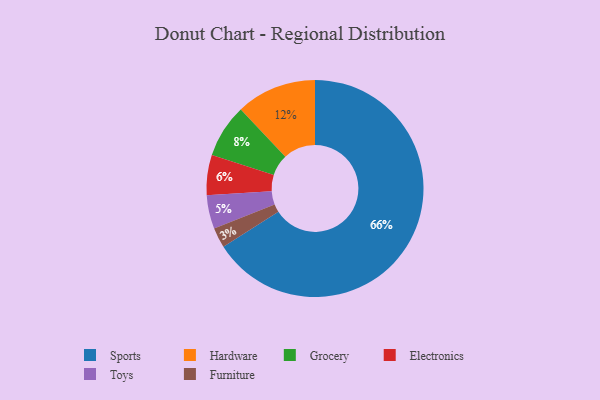
{"axis": {"x": "Category", "y": "Percentage"}, "legend": ["Electronics", "Furniture", "Grocery", "Hardware", "Sports", "Toys"], "data": [{"x": "Electronics", "y": 6, "type": "Electronics"}, {"x": "Toys", "y": 5, "type": "Toys"}, {"x": "Furniture", "y": 3, "type": "Furniture"}, {"x": "Grocery", "y": 8, "type": "Grocery"}, {"x": "Sports", "y": 66, "type": "Sports"}, {"x": "Hardware", "y": 12, "type": "Hardware"}]}